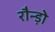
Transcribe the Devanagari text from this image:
रौन्ड़ो